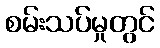
စမ်းသပ်မှုတွင်